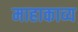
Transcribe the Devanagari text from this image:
माहाकाव्य